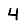
Digit: 4